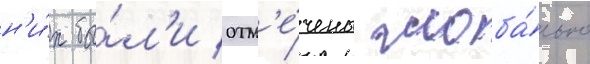
н'и́х бы́л'и отм'е́чены глоба́льно